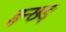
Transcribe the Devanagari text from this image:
इन्छड़